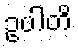
ဥပါတိ